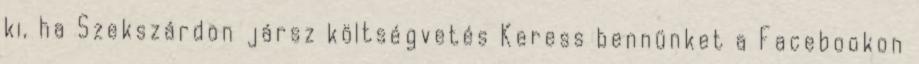
ki, ha Szekszárdon jársz költségvetés Keress bennünket a Facebookon